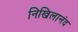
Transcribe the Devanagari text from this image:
निखिलानंद